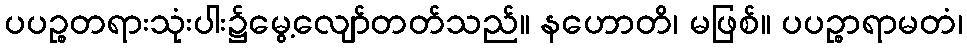
ပပဉ္စတရားသုံးပါး၌မွေ့လျော်တတ်သည်။ နဟောတိ၊ မဖြစ်။ ပပဉ္စာရာမတံ၊